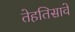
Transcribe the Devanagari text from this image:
तेहतिसावे